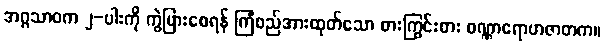
အဂ္ဂသာဝက ၂-ပါးကို ကွဲပြားစေရန် ကြံစည်အားထုတ်သော စားကြွင်းစား ဝဏ္ဏာရောဟဇာတက။